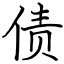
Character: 债